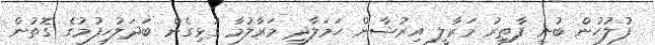
ފުލުހުން ބުނީ ފާތިރު މަރާލީ އިރުޝާން ހަމަލާދީ މަރާލުމާ ގުޅިގެން ބަދަލުހިފުމުގެ ގޮތުން